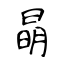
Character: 𣇵